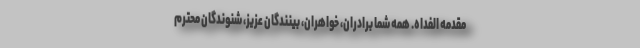
مقدمه الفداه. همه شما برادران، خواهران، بینندگان عزیز، شنوندگان محترم